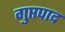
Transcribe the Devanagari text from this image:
गुप्तपाद